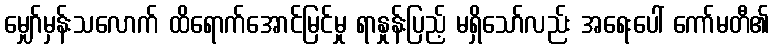
မျှော်မှန်းသလောက် ထိရောက်အောင်မြင်မှု ရာနှုန်းပြည့် မရှိသော်လည်း အရေးပေါ် ကော်မတီ၏